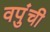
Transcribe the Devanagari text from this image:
वपुंची